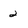
Character: 2